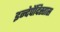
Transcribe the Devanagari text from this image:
इन्देपेंदिस्तास